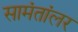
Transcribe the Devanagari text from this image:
सामंतांलर